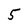
Character: 5